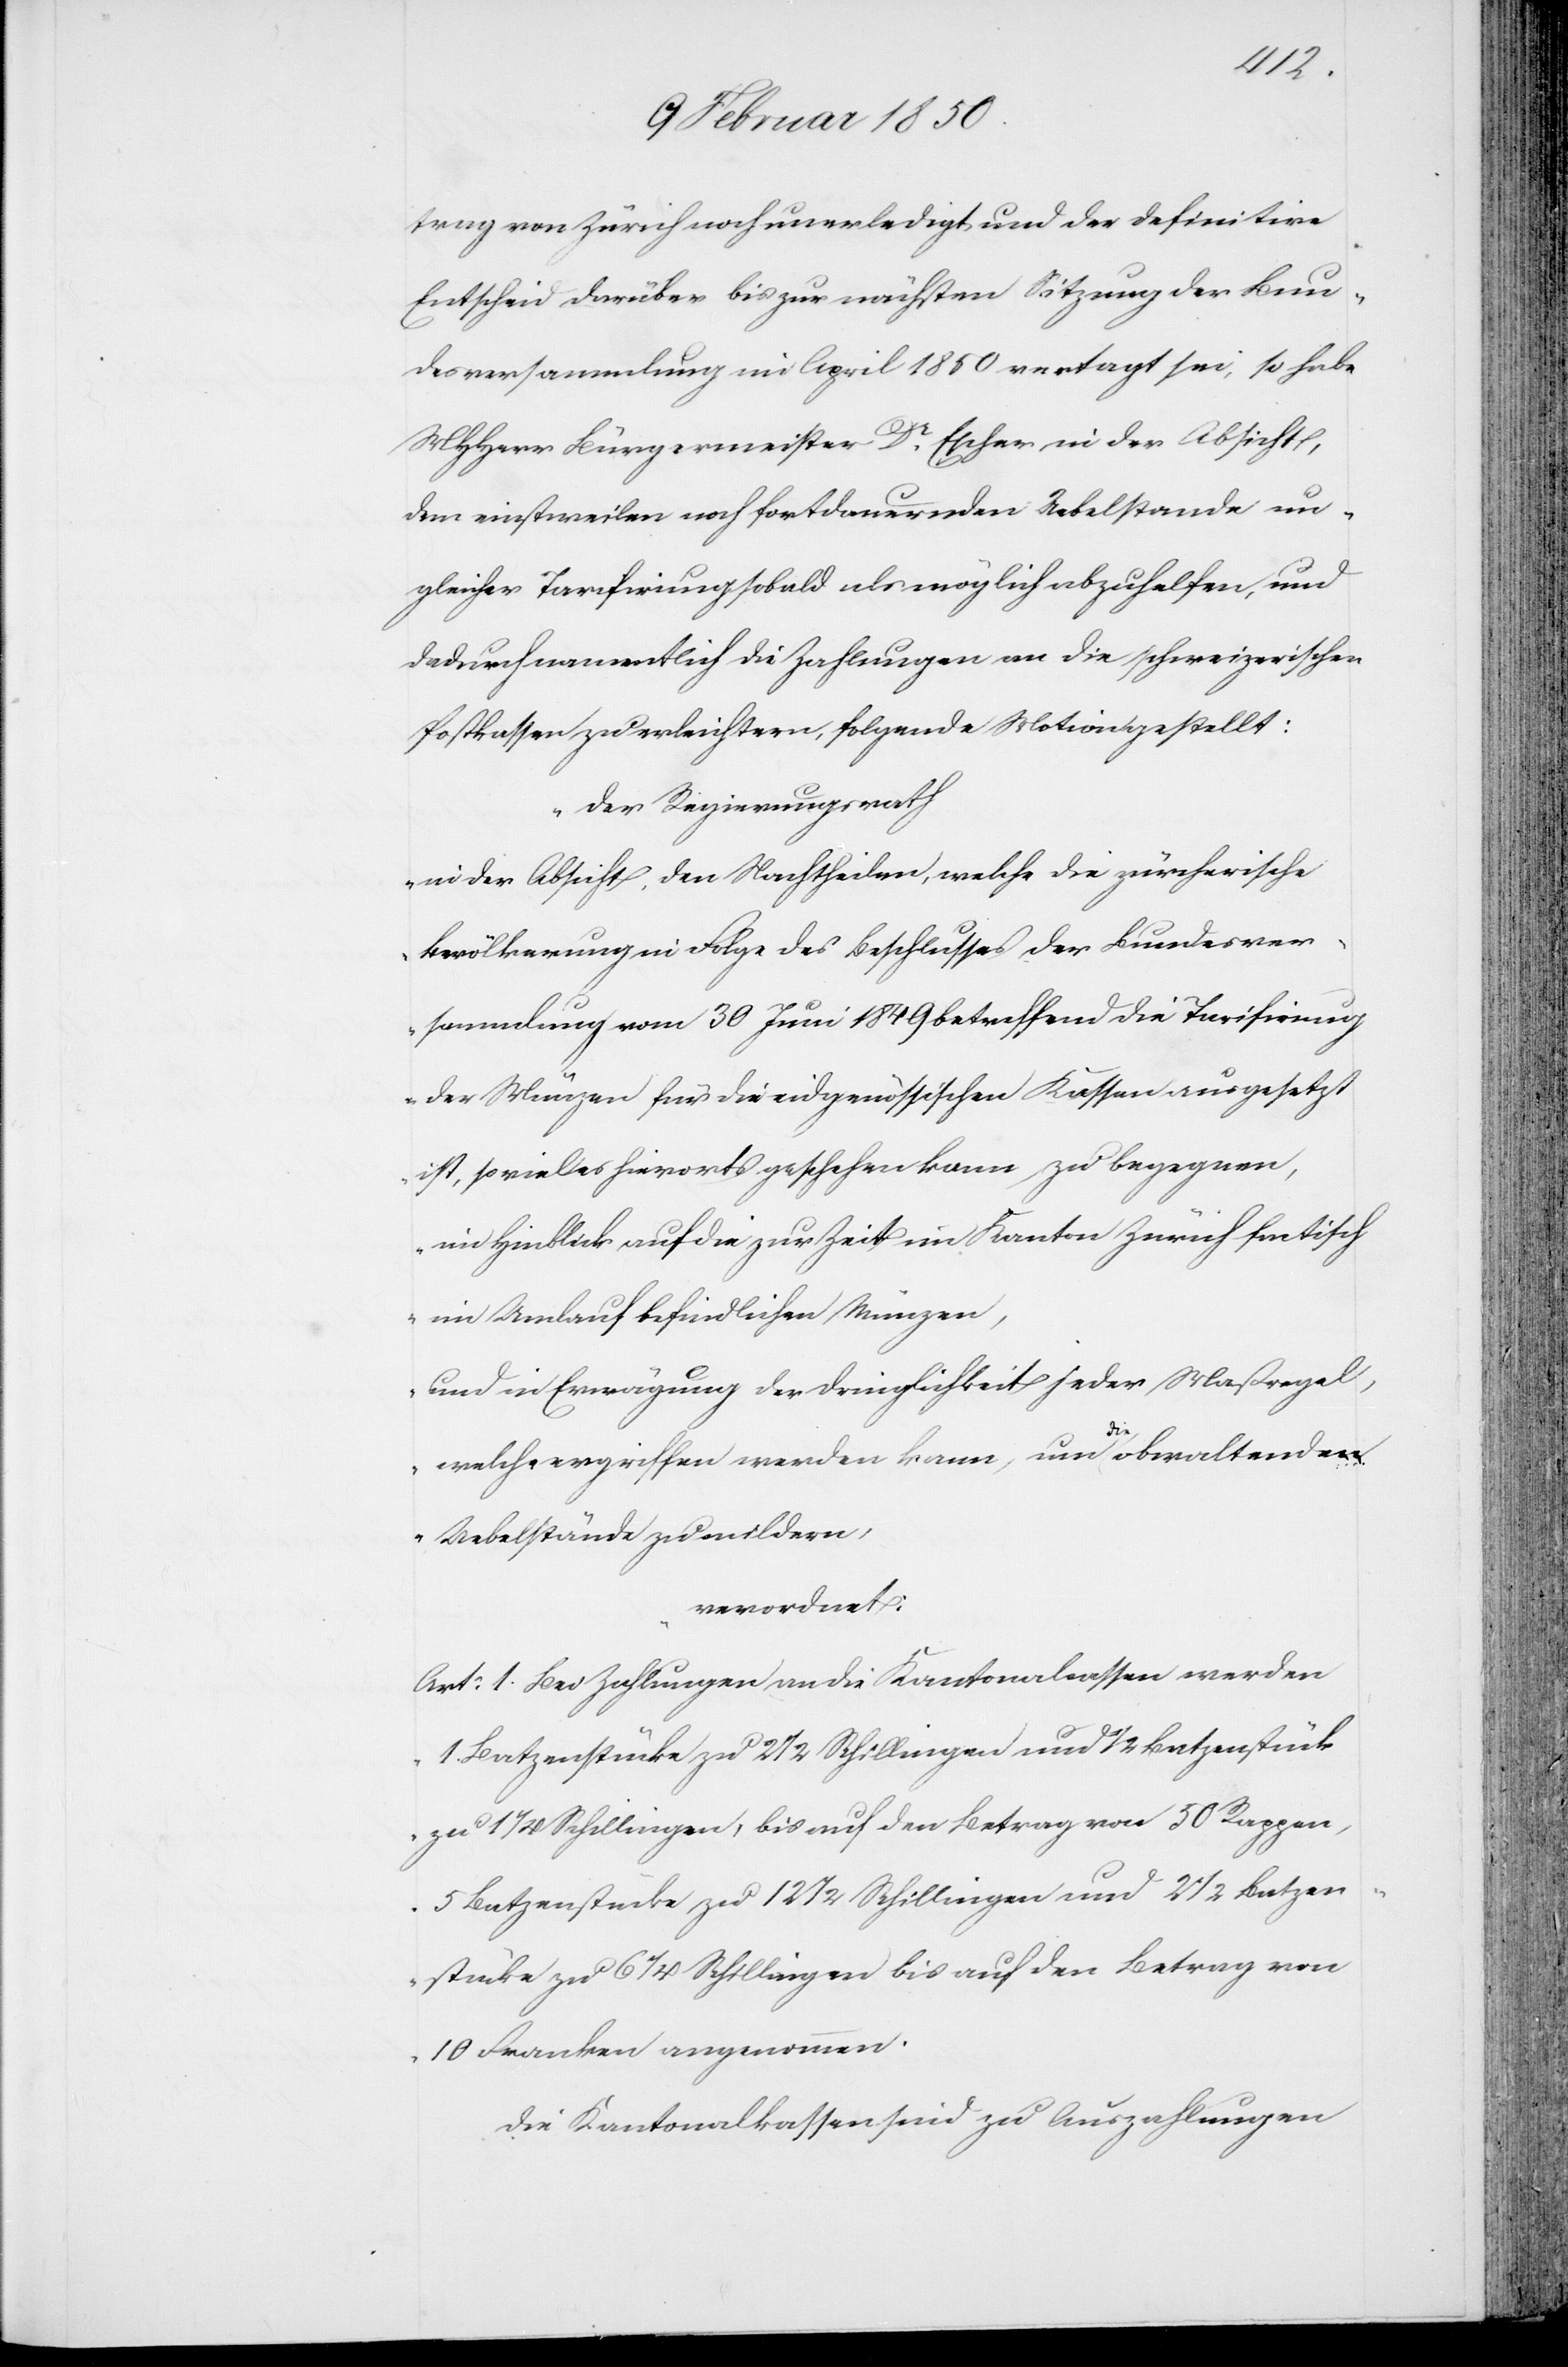
trag von Zürich noch unerledigt und der definitive
Entscheid darüber bis zur nächsten Sitzung der Bun¬
desversammlung im April 1850 vertagt sei, so habe
MHHerr Bürgermeister Dr Escher in der Absicht,
dem einstweilen noch fortdauernden Uebelstande un¬
gleicher Tarifirung sobald als möglich abzuhelfen, und
dadurch namentlich die Zahlungen an die schweizerischen
Postkassen zu erleichtern, folgende Motion gestellt:
„Der Regierungsrath
in der Absicht, den Nachtheilen, welche die zürcherische
Bevölkerung in Folge des Beschlusses der Bundesver¬
sammlung vom 30 Juni 1849 betreffend die Tarifirung
der Münzen für die eidgenössischen Kassen ausgesetzt
ist, so viel es hierorts geschehen kann, zu begegnen,
im Hinblick auf die zur Zeit im Kanton Zürich factisch
im Umlauf befindlichen Münzen,
und die Erwägung der Dringlichkeit jeder Maßregel,
welche ergriffen werden kann, um die obwaltenden
Uebelstände zu mildern,
verordnet:
Art: 1. Bei Zahlungen an die Kantonalcassen werden
1. Batzenstücke zu 2 1/2 Schillingen und 1/2 Batzenstücke
zu 1 1/4 Schillingen, bis auf den Betrag von 50 Rappen,
5 Batzenstücke zu 12 1/2 Schillingen und 2 1/2 Batzen¬
stücke zu 6 1/4 Schillingen bis auf den Betrag von
10 Franken angenommen.
Die Kantonalkassen sind zu Auszahlungen